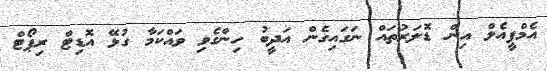
އެމްޕީއެލް އިން ޑޮލަރުތައް ނަގައިގެން އަދީބު ހިންގެވި ވައްކަމާ ގުޅޭ އޮޑިޓް ރިޕޯޓް